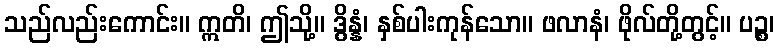
သည်လည်းကောင်း။ ဣတိ၊ ဤသို့။ ဒွိန္နံ၊ နှစ်ပါးကုန်သော။ ဖလာနံ၊ ဖိုလ်တို့တွင့်။ ပဉ္စ၊